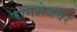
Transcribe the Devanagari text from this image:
रामशेजवर